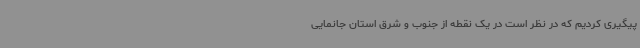
پیگیری کردیم که در نظر است در یک نقطه از جنوب و شرق استان جانمایی